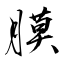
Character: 膜